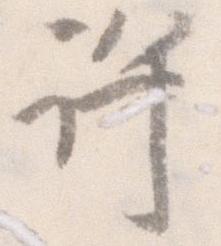
許